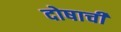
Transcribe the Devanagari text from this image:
दोषाची